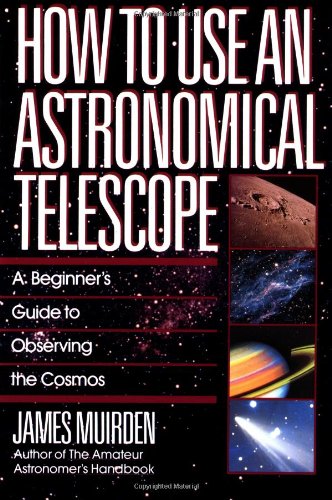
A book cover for How To Use An Astronomical Telescope; James Muirden; Science & Math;